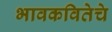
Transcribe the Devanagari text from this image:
भावकवितेचे